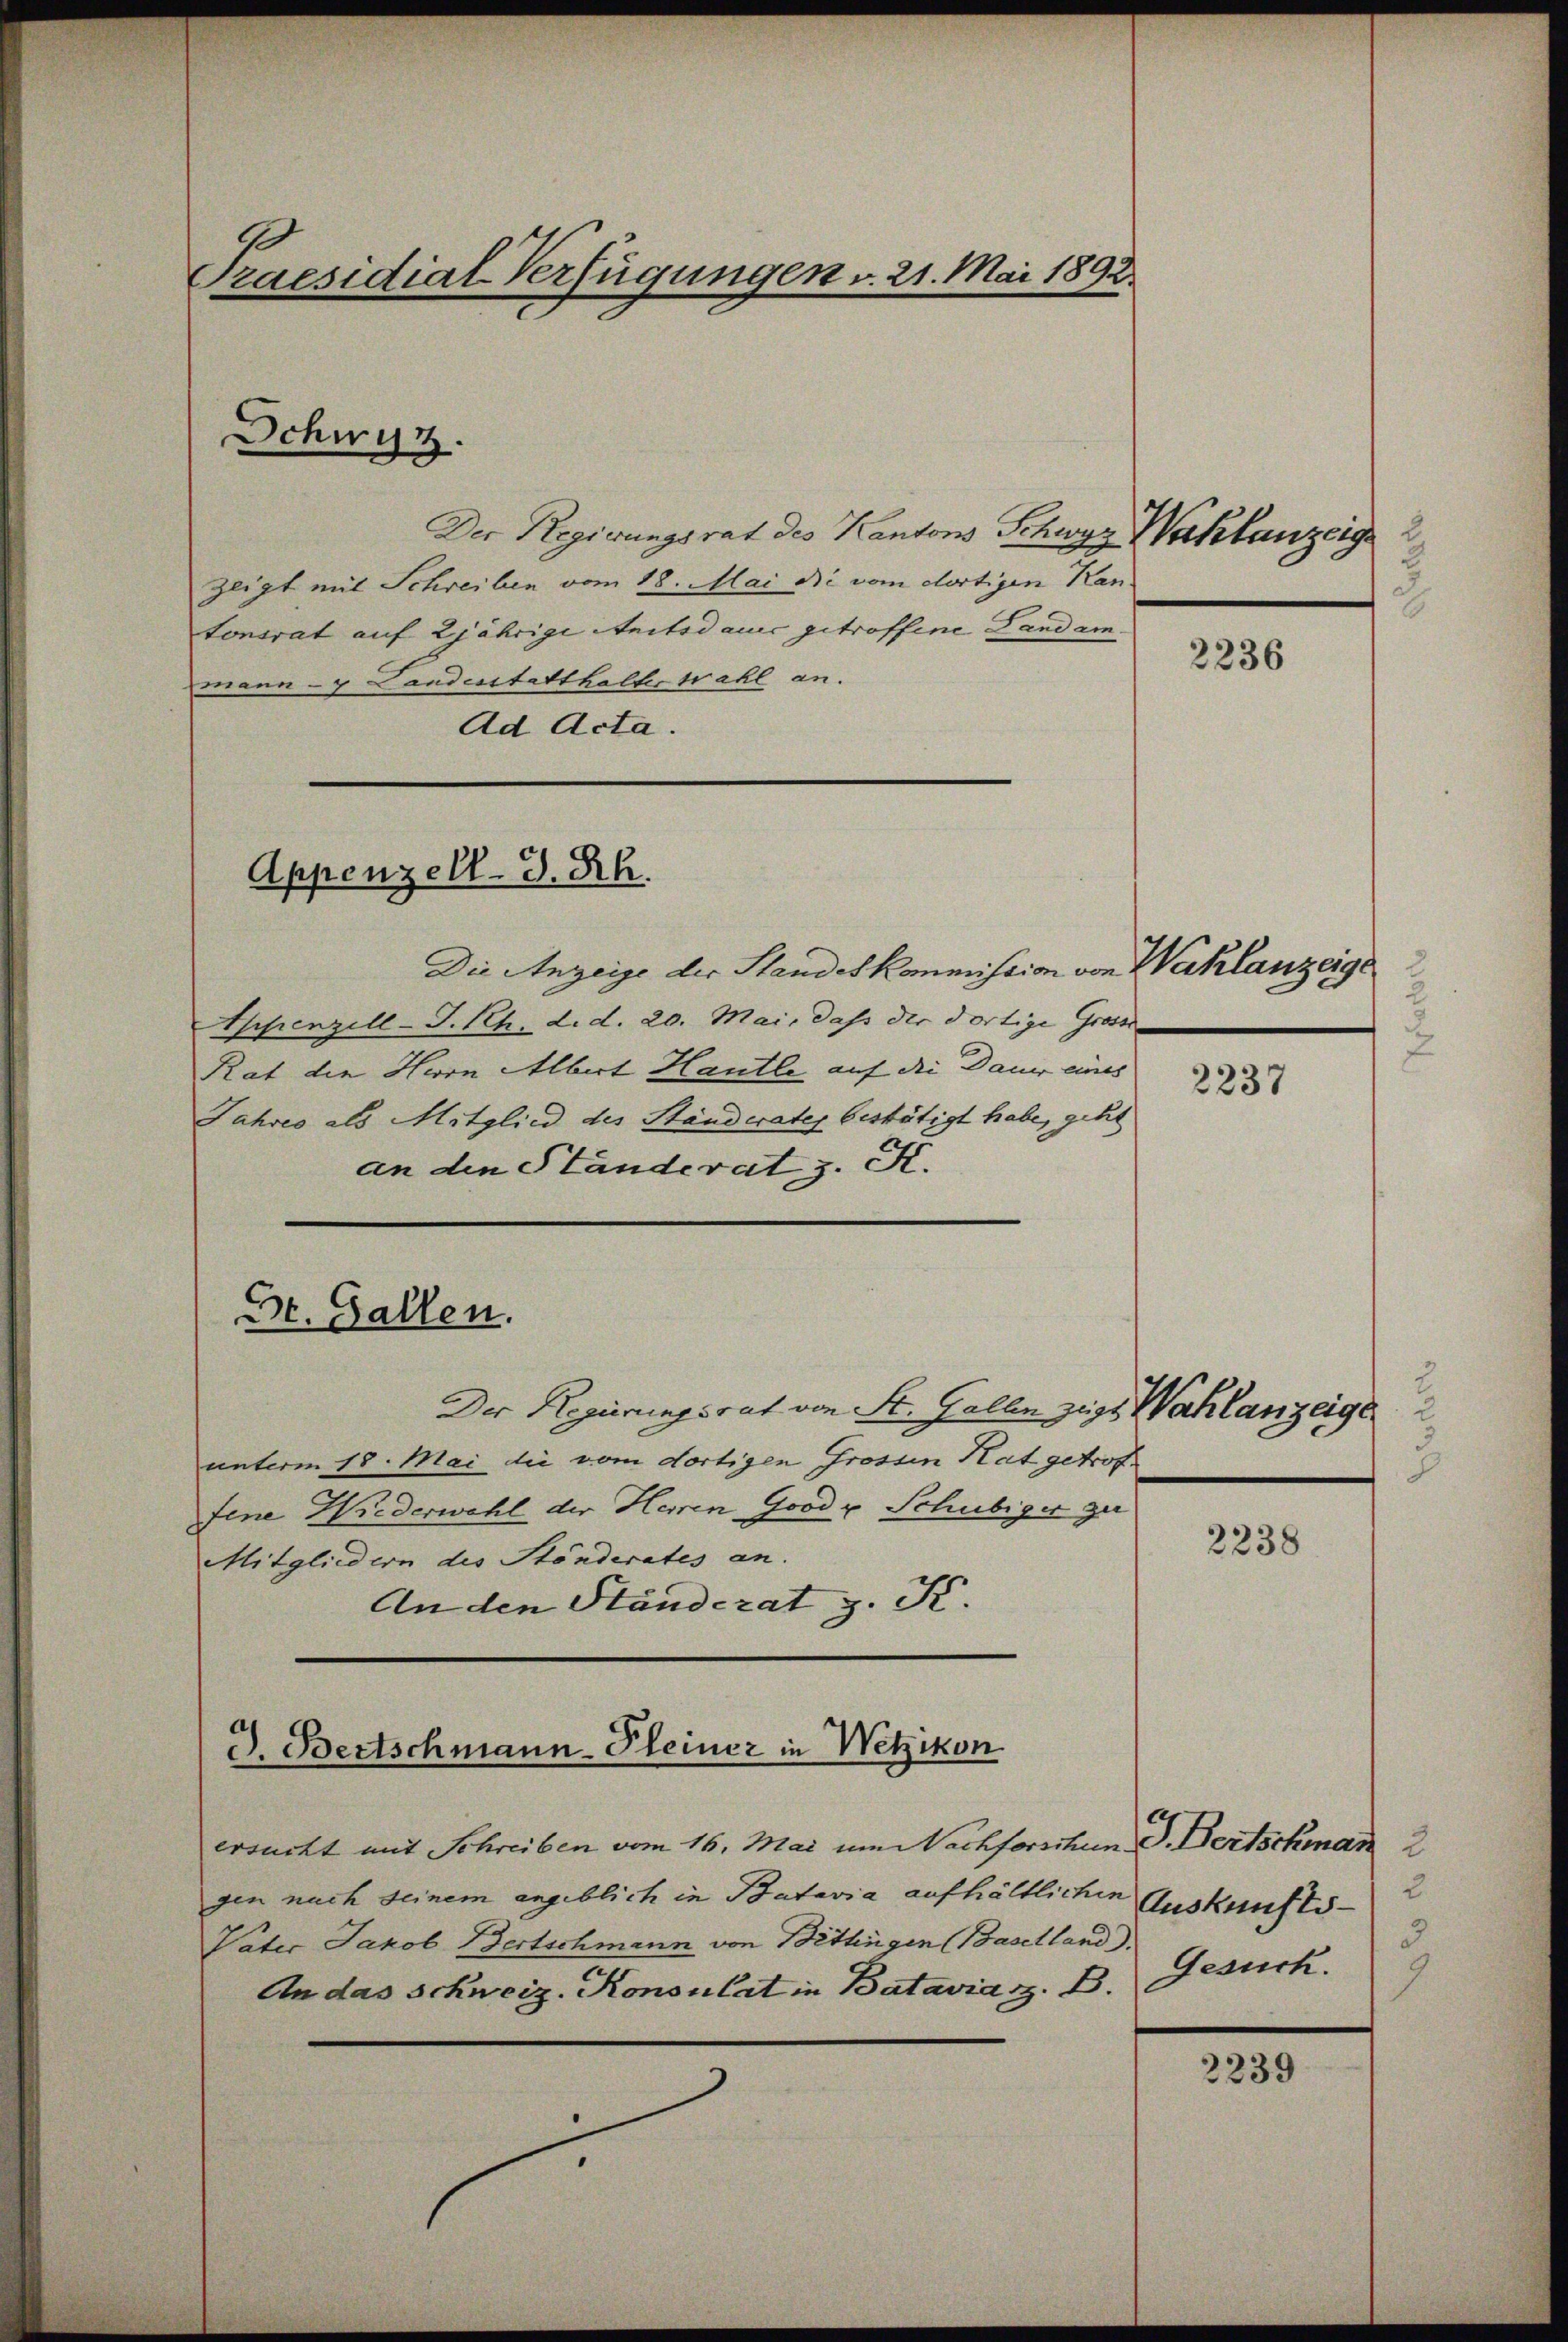
Praesidial-Verfügungen v. 21. Mai 1892.

Schwyz.

Der Regierungsrat des Kantons Schwyz Waklanzeig¬
Zeigt mit Schreiben vom 18. Mai die vom dortigen Kan
tonsrat auf 2jährige Anitsdauer getroffene Landam.
mmann - Landesstatthalter Wahl an.
Ad Acta.

Appenzell. S. Rh.

Die Anzeige der Standeskommission von Wahlanzeige
Appenzell-S. Rh. d. d. 20. Mai, daß der dortige Gross
Rat die Herrn Albert Hautle, auf die Dauer eines
Jahres als Mitglied des Ständerates bestätigt habe, geht
an den Ständerat, z. K.
Der Regierungsrat von St. Gallen zuge Wahlanzeige
unterm 18. Mai die vom dortigen Grossen Rat getroffene Wiederwahl der Herren Good u Schubiger zu
Mitgliedern des Stönderates an.
An den Ständerat z. K.

Dr. Gallen.

d. Bertschmann Pleiner in Wetzikon

ersucht mit Schreiben vom 16. Mai um Nachforschen G. Bertschman 2
gen nach seinem angeblich in Batavia aufhältlichen
Vater Jakob Bertschmann von Bettingen (Baselland)
An das Schweiz. Konsulat in Batavia z. B.

2.

2236

2237

G

2238

2
Auskunfts-
3
Gesuch.
2

2239